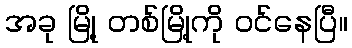
အခု မြို့ တစ်မြို့ကို ဝင်နေပြီ။